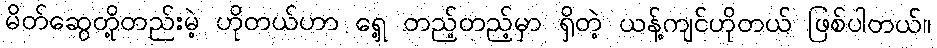
မိတ်ဆွေတို့တည်းမဲ့ ဟိုတယ်ဟာ ရှေ့ တည့်တည့်မှာ ရှိတဲ့ ယန့်ကျင်ဟိုတယ် ဖြစ်ပါတယ်။